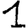
Digit: 1